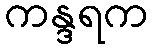
ကန္ဒရက